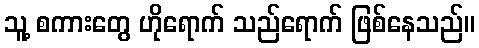
သူ့ စကားတွေ ဟိုရောက် သည်ရောက် ဖြစ်နေသည်။